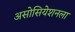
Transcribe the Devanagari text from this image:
असोसियेशनला